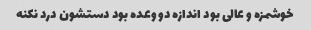
خوشمزه و عالی بود اندازه دو وعده بود دستشون درد نکنه